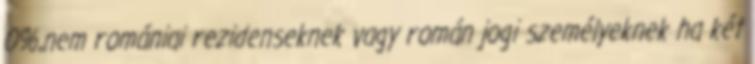
0%,nem romániai rezidenseknek vagy román jogi személyeknek ha két